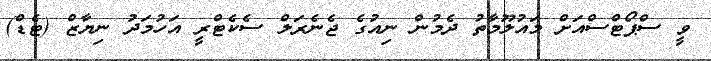
ވީ ސްޕޯޓްސްއަށް މައުލޫމާތު ދެމުން ނިއުގެ ޖެނެރަލް ސެކެޓްރީ އަހުމަދު ނިޔާޒް (ޓެޑް)